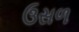
ઉસળ